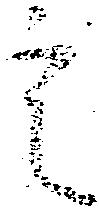
定